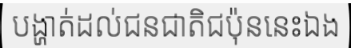
បង្ហាត់ដល់ជនជាតិជប៉ុននេះឯង